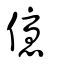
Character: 優